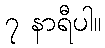
၇ နာရီပါ။